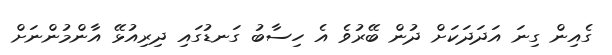
ގެއިން ގިނަ އަދަދަކަށް ދުން ބޭރުވެ އެ ހިސާބު ގަނޑުގައި ދިރިއުޅޭ އާންމުންނަށް